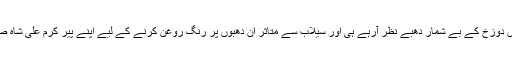
2010ءکے سیلاب کے بعد یہاں دوزخ کے بے شمار دھبے نظر آرہے ہی اور سیلاب سے متاثر ان دھبوں پر رنگ روغن کرنے کے لیے اپنے پیر کرم علی شاہ صاحب کے پاس فرصت ہی نہیں۔